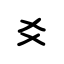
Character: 爻